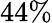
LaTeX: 44\%